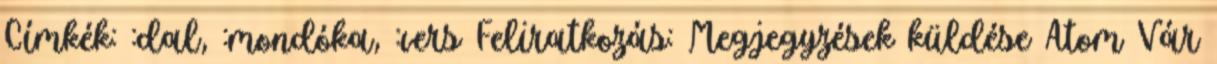
Címkék: :dal, :mondóka, :vers Feliratkozás: Megjegyzések küldése Atom Vár